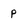
Character: p